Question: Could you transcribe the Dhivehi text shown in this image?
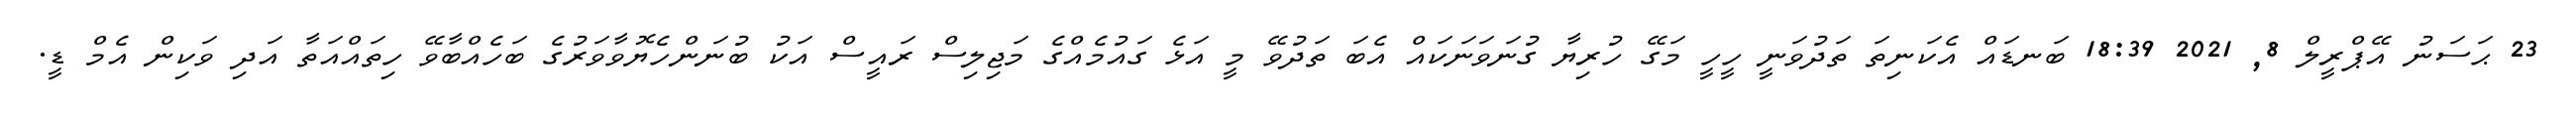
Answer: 23 ޙަސަނު އޭޕްރީލް 8, 2021 18:39 ބަނޑައް އެކަނިތަ ތަދުވަނީ ހީހީ މަގޭ ހުރިޔާ ގުނަވަނަކައް އެބަ ތަދުވޭ މީ އަޅެ ގައުމެއްގެ މަޖިލިސް ރައީސް އަކު ބުނަންހެޔޮވާވަރުގެ ބަހެއްބާވޭ ހިތައްއަތާ އަދި ވަކިން އެމް ޑީ.